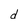
Character: d